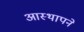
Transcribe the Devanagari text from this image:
आस्थापने